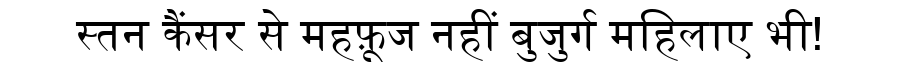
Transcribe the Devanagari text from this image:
स्तन कैंसर से महफ़ूज नहीं बुजुर्ग महिलाए भी!